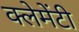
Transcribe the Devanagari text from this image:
क्लेमेंटी